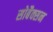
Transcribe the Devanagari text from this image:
सोबैक्सन